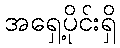
အရှေ့ပိုင်းရှိ